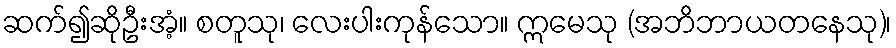
ဆက်၍ဆိုဦးအံ့။ စတူသု၊ လေးပါးကုန်သော။ ဣမေသု (အဘိဘာယတနေသု)၊